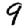
Digit: 9